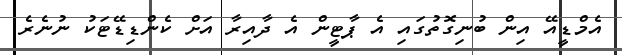
އެމްޑީއޭ އިން ބުނިގޮތުގައި އެ ޕާޓީން އެ ދާއިރާ އަށް ކެންޑިޑޭޓަކު ނުނެރެ